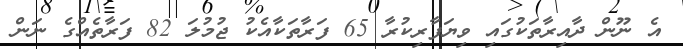
އެ ނޫން ދާއިރާތަކުގައި ވިޔަފާރިކުރާ 65 ފަރާތަކާއެކު ޖުމުލަ 82 ފަރާތެއްގެ ނަން